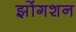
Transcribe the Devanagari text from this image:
झोंगशन